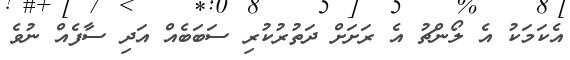
އެކަމަކު އެ ލޯންޗު އެ ރަށަށް ދަތުރުކުރި ސަބަބެއް އަދި ސާފެއް ނުވެ